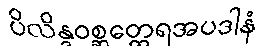
ပိလိန္ဒဝစ္ဆတ္ထေရအပဒါနံ